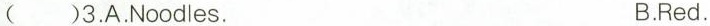
( )3.A.Noodles. B.Red.